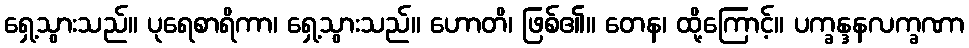
ရှေ့သွားသည်။ ပုရေစာရိကာ၊ ရှေ့သွားသည်။ ဟောတိ၊ ဖြစ်၏။ တေန၊ ထို့ကြောင့်။ ပက္ခန္ဒနလက္ခဏာ